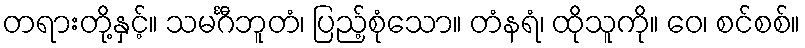
တရားတို့နှင့်။ သမင်္ဂီဘူတံ၊ ပြည့်စုံသော။ တံနရံ၊ ထိုသူကို။ ဝေ၊ စင်စစ်။